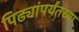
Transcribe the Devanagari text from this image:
पिढ्यांपर्यंतच्या